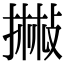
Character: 𢴻